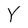
Character: Y